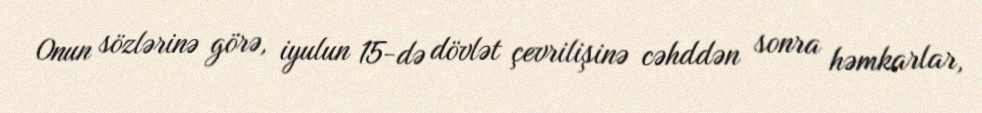
Onun sözlərinə görə, iyulun 15-də dövlət çevrilişinə cəhddən sonra həmkarlar,